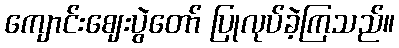
ကျောင်းဈေးပွဲတော် ပြုလုပ်ခဲ့ကြသည်။